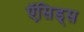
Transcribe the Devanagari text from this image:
ऍसिड्स